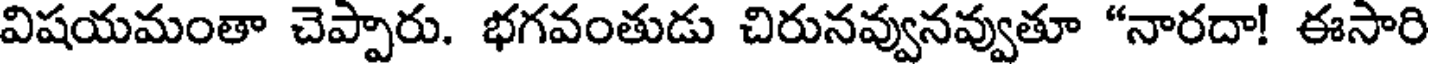
విషయమంతా చెప్పారు. భగవంతుడు చిరునవ్వునవ్వుతూ "నారదా! ఈసారి